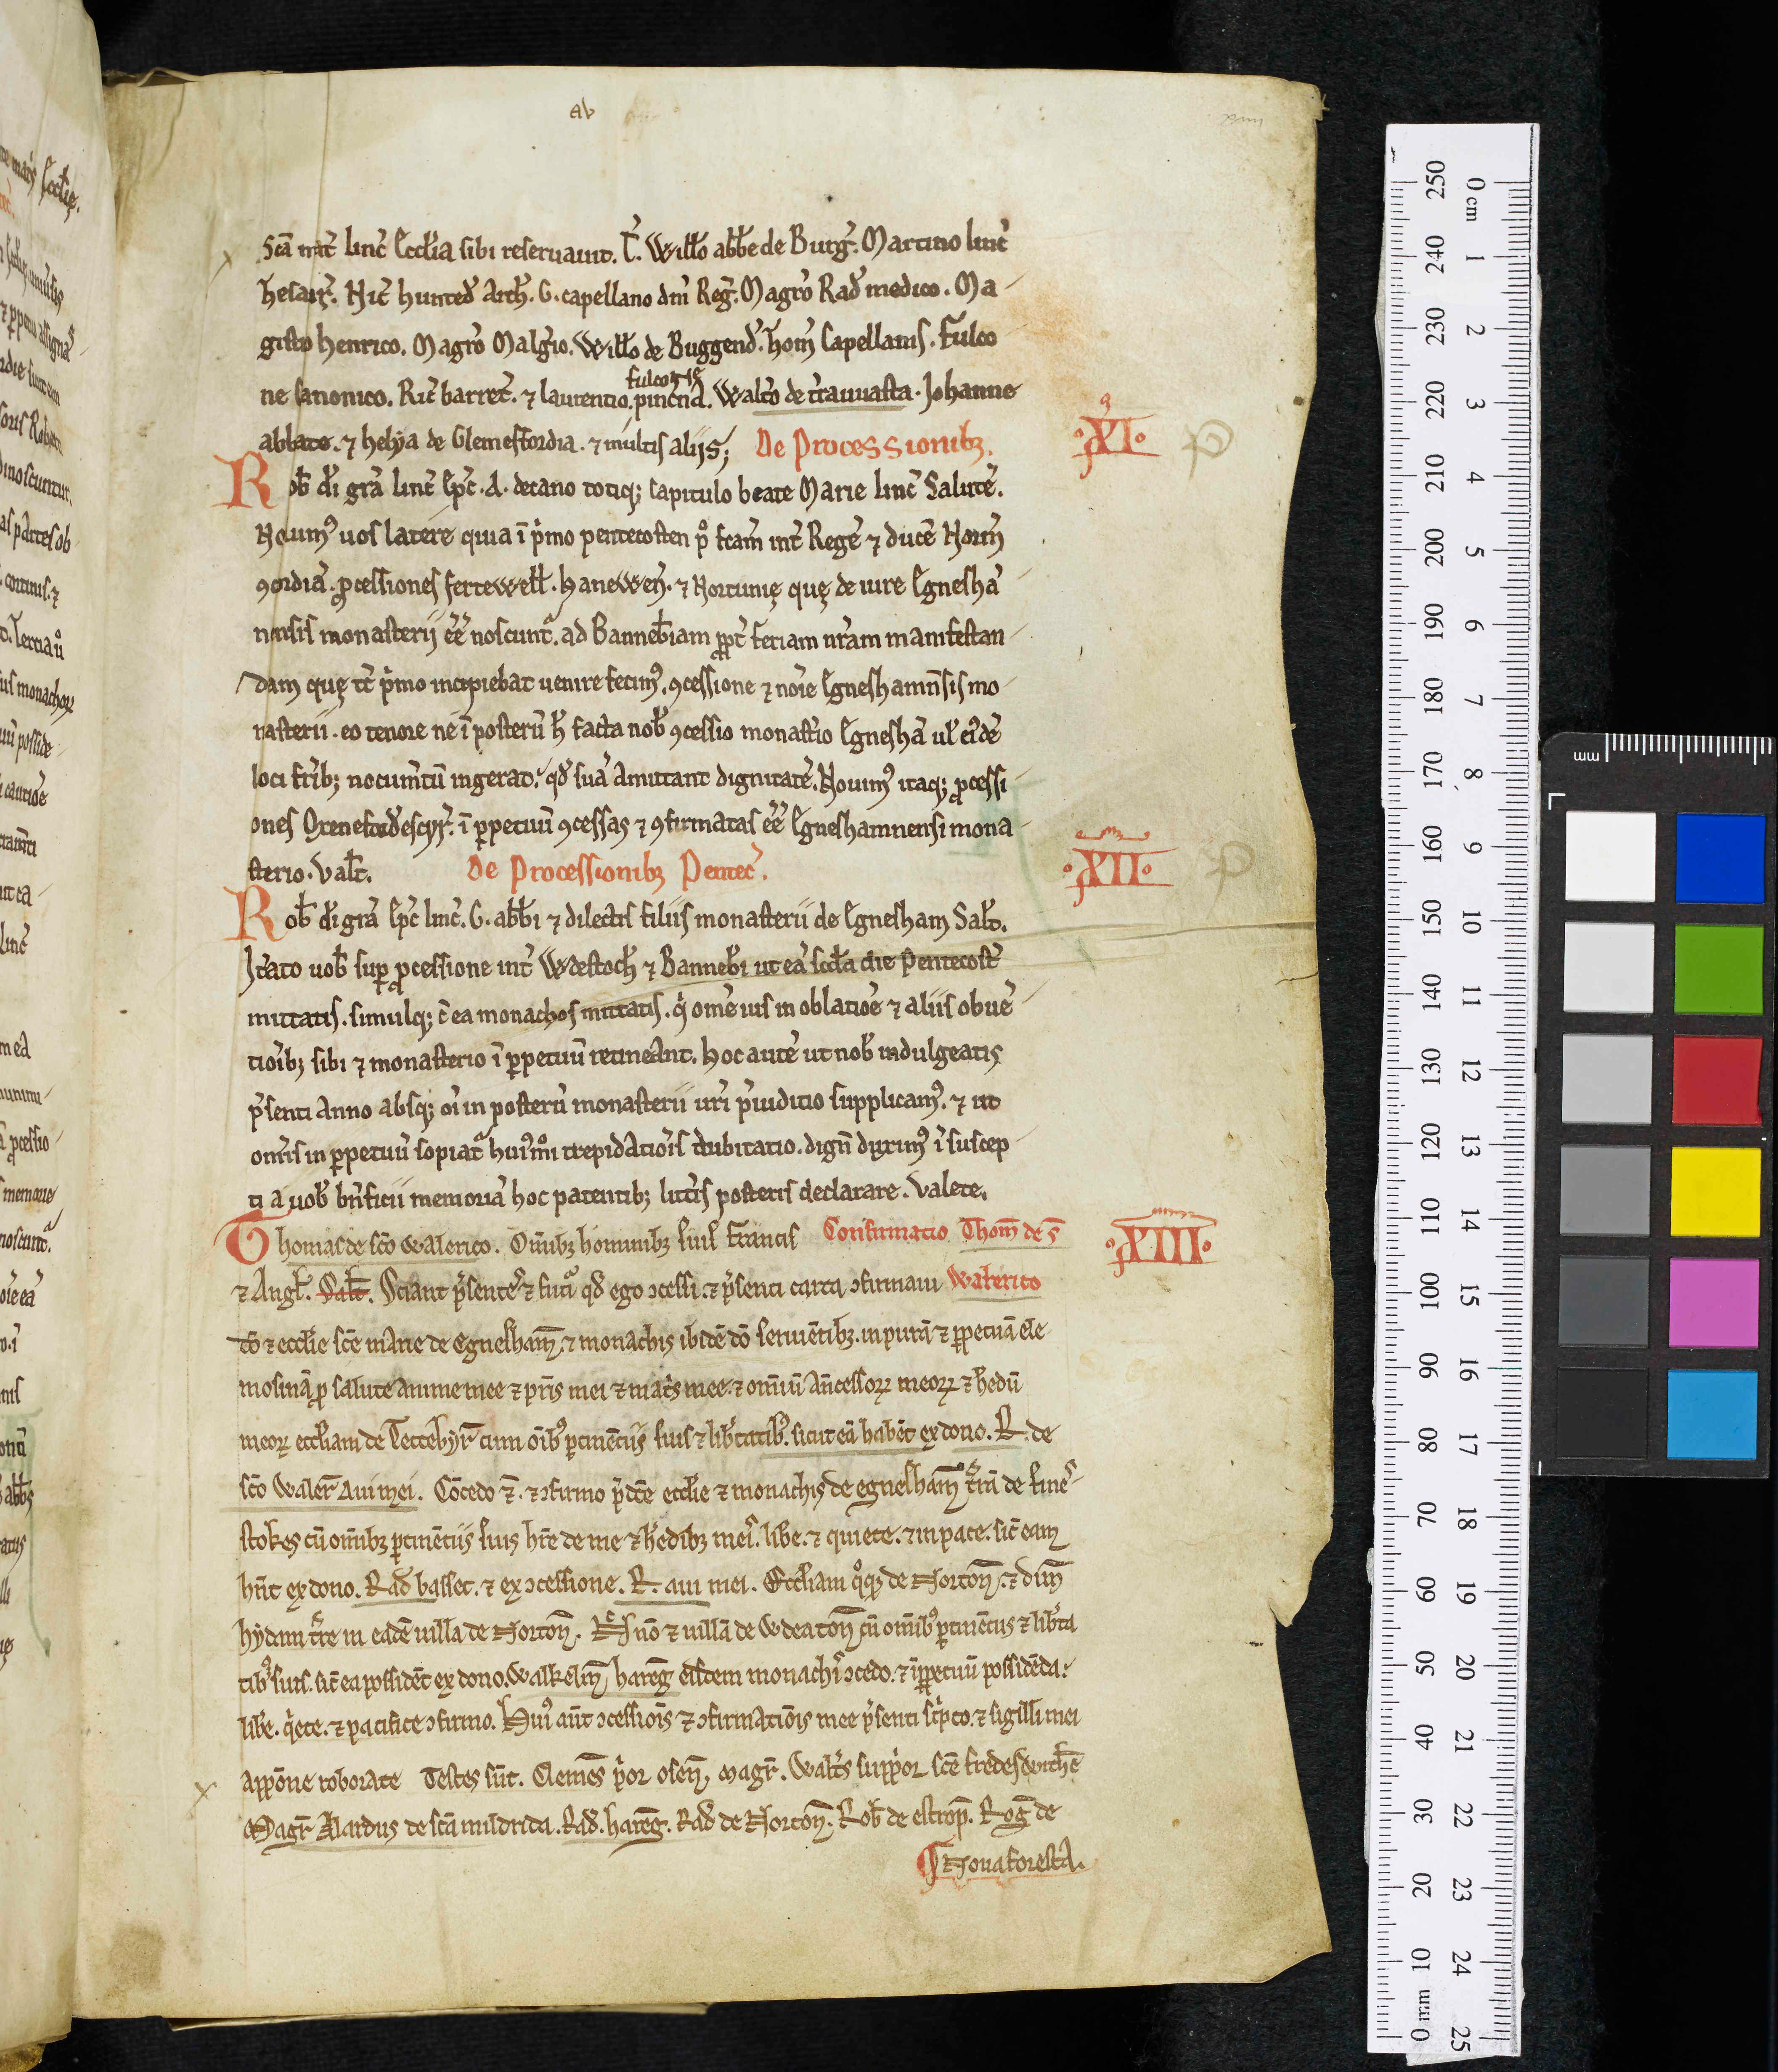
Shelfmark: Oxford, Christ Church Library, 341
Century: 12